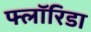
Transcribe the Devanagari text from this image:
फ्लाॅरिडा